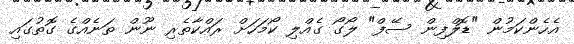
އެހެންކަމުން "ޑޮލްފިން ސޭފް" ލޯގޯ ގެއްލި ކޯމަހަށް ރައްކާތެރި ނޫން ތަނެއްގެ ގޮތުގައި